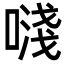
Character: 𠽈